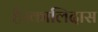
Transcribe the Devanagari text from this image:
है।कालिदास